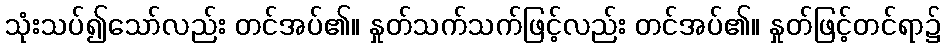
သုံးသပ်၍သော်လည်း တင်အပ်၏။ နှုတ်သက်သက်ဖြင့်လည်း တင်အပ်၏။ နှုတ်ဖြင့်တင်ရာ၌